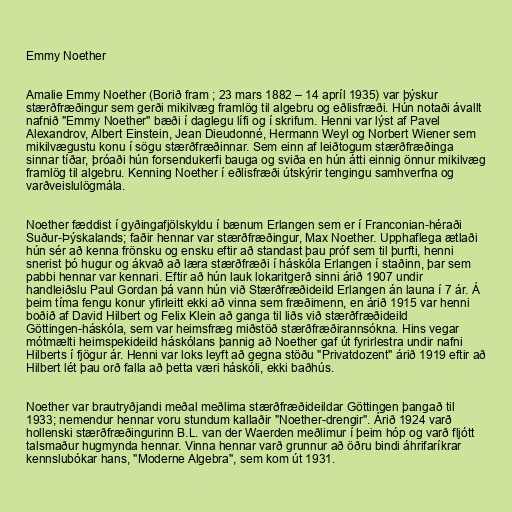
Emmy Noether

Amalie Emmy Noether (Borið fram ; 23 mars 1882 – 14 apríl 1935) var þýskur
stærðfræðingur sem gerði mikilvæg framlög til algebru og eðlisfræði. Hún notaði ávallt
nafnið "Emmy Noether" bæði í daglegu lífi og í skrifum. Henni var lýst af Pavel
Alexandrov, Albert Einstein, Jean Dieudonné, Hermann Weyl og Norbert Wiener sem
mikilvægustu konu í sögu stærðfræðinnar. Sem einn af leiðtogum stærðfræðinga
sinnar tíðar, þróaði hún forsendukerfi bauga og sviða en hún átti einnig önnur mikilvæg
framlög til algebru. Kenning Noether í eðlisfræði útskýrir tengingu samhverfna og
varðveislulögmála.

Noether fæddist í gyðingafjölskyldu í bænum Erlangen sem er í Franconian-héraði
Suður-Þýskalands; faðir hennar var stærðfræðingur, Max Noether. Upphaflega ætlaði
hún sér að kenna frönsku og ensku eftir að standast þau próf sem til þurfti, henni
snerist þó hugur og ákvað að læra stærðfræði í háskóla Erlangen í staðinn, þar sem
pabbi hennar var kennari. Eftir að hún lauk lokaritgerð sinni árið 1907 undir
handleiðslu Paul Gordan þá vann hún við Stærðfræðideild Erlangen án launa í 7 ár. Á
þeim tíma fengu konur yfirleitt ekki að vinna sem fræðimenn, en árið 1915 var henni
boðið af David Hilbert og Felix Klein að ganga til liðs við stærðfræðideild
Göttingen-háskóla, sem var heimsfræg miðstöð stærðfræðirannsókna. Hins vegar
mótmælti heimspekideild háskólans þannig að Noether gaf út fyrirlestra undir nafni
Hilberts í fjögur ár. Henni var loks leyft að gegna stöðu "Privatdozent" árið 1919 eftir að
Hilbert lét þau orð falla að þetta væri háskóli, ekki baðhús.

Noether var brautryðjandi meðal meðlima stærðfræðideildar Göttingen þangað til
1933; nemendur hennar voru stundum kallaðir "Noether-drengir". Árið 1924 varð
hollenski stærðfræðingurinn B.L. van der Waerden meðlimur í þeim hóp og varð fljótt
talsmaður hugmynda hennar. Vinna hennar varð grunnur að öðru bindi áhrifaríkrar
kennslubókar hans, "Moderne Algebra", sem kom út 1931.